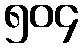
၅၀၄